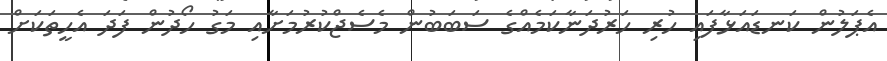
އެޕަލުން ކަނޑައަޅާފައި ހުރި ހަރުދަނާކަމެއްގެ ސަބަބުން މެސެޖްކުރުމަށާއި މަގު ހޯދުން ފަދަ އެހީތަކަށް